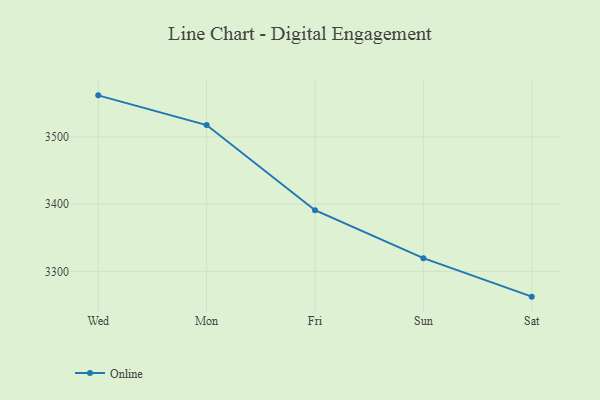
{"axis": {"x": "Day", "y": "Budget (USD K)"}, "legend": ["Online"], "data": [{"x": "Wed", "y": 3562.0, "type": "Online"}, {"x": "Mon", "y": 3517.8, "type": "Online"}, {"x": "Fri", "y": 3391.0, "type": "Online"}, {"x": "Sun", "y": 3319.7, "type": "Online"}, {"x": "Sat", "y": 3262.4, "type": "Online"}]}